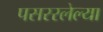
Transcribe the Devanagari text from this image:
पसररलेल्या